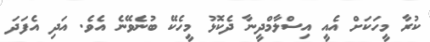
ކުރާ މީހަކަށް އެއީ އިސްލާމްދީނާ ދެކޮޅު މީހެކޭ ބުނެވޭނެ އެވެ. އަދި އެފަދަ